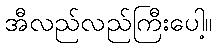
အီလည်လည်ကြီးပေါ့။